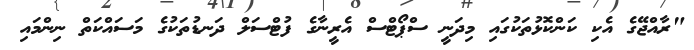
"ރާއްޖޭގެ އެކި ކަންކޮޅުތަކުގައި މިދަނީ ސްޕޯޓްސް އެރީނާގެ ފުޓްސަލް ދަނޑުތަކުގެ މަސައްކަތް ނިންމައި